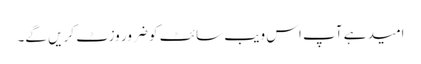
امید ہے آپ اس ویب سائٹ کو ضرور وزٹ کریں گے۔